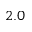
2 . 0